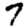
Digit: 7